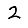
Digit: 2